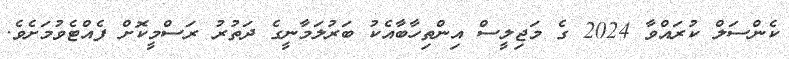
ކެންސަލް ކުރައްވާ 2024 ގެ މަޖިލީސް އިންތިހާބާއެކު ބަރުލަމާނީގެ ދަތުރު ރަސްމީކޮށް ފެއްޓެވުމަށެވެ.